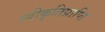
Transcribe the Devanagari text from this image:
स्वीकृतिप्राप्ति